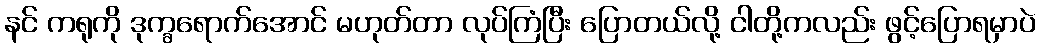
နင် ကရုကို ဒုက္ခရောက်အောင် မဟုတ်တာ လုပ်ကြံပြီး ပြောတယ်လို့ ငါတို့ကလည်း ဖွင့်ပြောရမှာပဲ